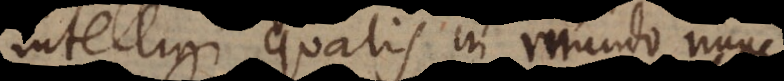
intelligi qualis in mundo nunc